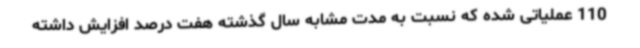
110 عملیاتی شده که نسبت به مدت مشابه سال گذشته هفت درصد افزایش داشته